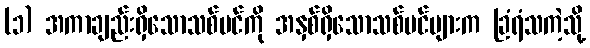
(၁) အကာချည်းရှိသောသစ်ပင်ကို အနှစ်ရှိသောသစ်ပင်များက ခြံရံသကဲ့သို့